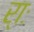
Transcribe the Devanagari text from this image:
र्‍ाः